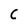
Character: C